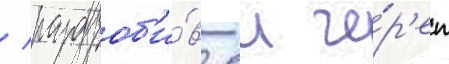
/ раздроб'и́в еи че́р'еп